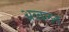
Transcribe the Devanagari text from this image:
अव्वलन